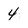
Character: 4